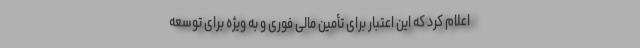
اعلام کرد که این اعتبار برای تأمین مالی فوری و به ویژه برای توسعه